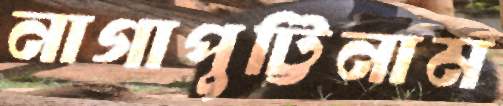
নাগাপুট্টিনাম